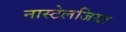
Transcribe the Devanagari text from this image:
नास्टेलजिया